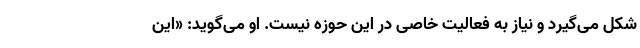
شکل می‌گیرد و نیاز به فعالیت خاصی در این حوزه نیست. او می‌گوید: «این